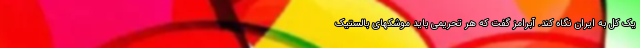
یک کل به ایران نگاه کند. آبرامز گفت که هر تحریمی باید موشکهای بالستیک